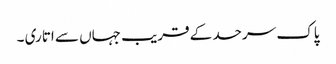
پاک سرحد کے قریب جہاں سے اتاری ۔